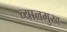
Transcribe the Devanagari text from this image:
व्यालमुख